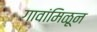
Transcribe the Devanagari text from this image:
गावांमिळून